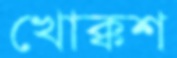
খোক্কশ